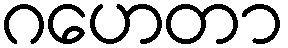
ဂဟေတာ